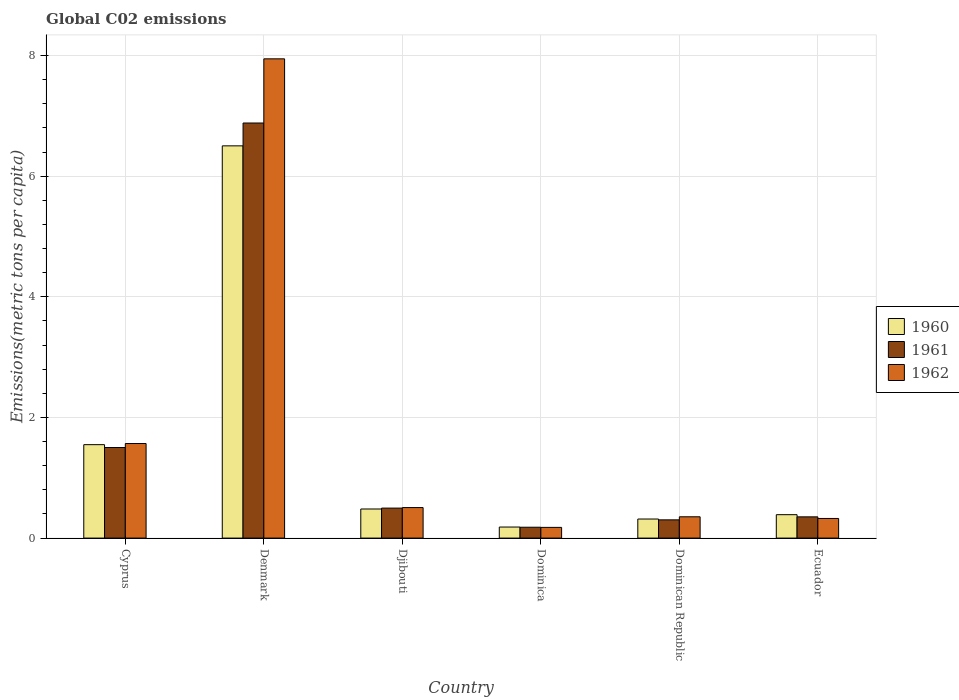
| Country | 1960 | 1961 | 1962 |
 | --- | --- | --- | --- |
 | Cyprus | 1.55 | 1.5 | 1.57 |
 | Denmark | 6.5 | 6.88 | 7.95 |
 | Djibouti | 0.482 | 0.497 | 0.506 |
 | Dominica | 0.183 | 0.18 | 0.177 |
 | Dominican Republic | 0.316 | 0.303 | 0.353 |
 | Ecuador | 0.388 | 0.352 | 0.325 |